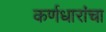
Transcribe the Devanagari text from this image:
कर्णधारांचा